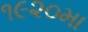
૧૯૨૦મા